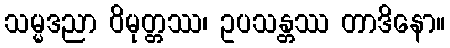
သမ္မဒညာ ဝိမုတ္တဿ၊ ဥပသန္တဿ တာဒိနော။